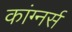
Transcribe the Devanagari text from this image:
कांग्नर्स